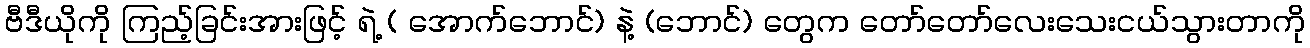
ဗီဒီယိုကို ကြည့်ခြင်းအားဖြင့် ရဲ့ ( အောက်ဘောင်) နဲ့ (ဘောင်) တွေက တော်တော်လေးသေးငယ်သွားတာကို